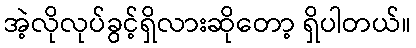
အဲ့လိုလုပ်ခွင့်ရှိလားဆိုတော့ ရှိပါတယ်။